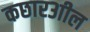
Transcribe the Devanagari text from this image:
कछार३ाील